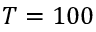
T = 1 0 0